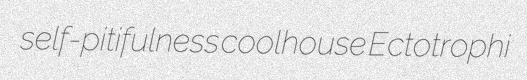
self-pitifulness coolhouse Ectotrophi